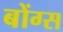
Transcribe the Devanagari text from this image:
बोंग्स